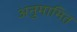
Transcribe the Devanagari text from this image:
अनुमामित